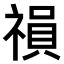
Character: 𥛍